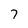
Character: 7